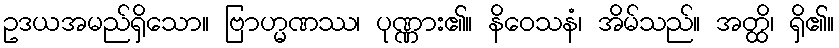
ဥဒယအမည်ရှိသော။ ဗြာဟ္မဏဿ၊ ပုဏ္ဏား၏။ နိဝေသနံ၊ အိမ်သည်။ အတ္ထိ၊ ရှိ၏။